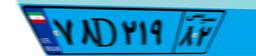
۵۲D۱۳۶۵۹